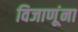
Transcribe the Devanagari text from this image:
विजाणूंना